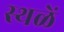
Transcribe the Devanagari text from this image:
स्थळें